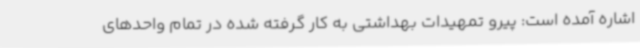
اشاره آمده است: پیرو تمهیدات بهداشتی به کار گرفته شده در تمام واحدهای